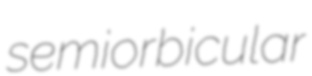
semiorbicular